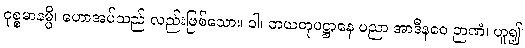
ဝုစ္စမာနမ္ပိ၊ ဟောအပ်သည် လည်းဖြစ်သော။ ဝါ၊ ဘယတုပဋ္ဌာနေ ပညာ အာဒီနဝေ ဉာဏံ၊ ဟူ၍